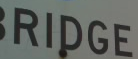
RIDGE